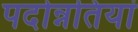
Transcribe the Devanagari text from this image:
पदोन्नतियां